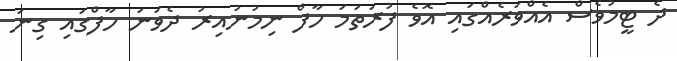
ދެ ޓީމުވެސް އެއްވަރެއްގައި އޮވެ ފުރަތަމަ ހާފް ނިމުނުއިރު ދެވަނަ ހާފްގައި ގިނަ